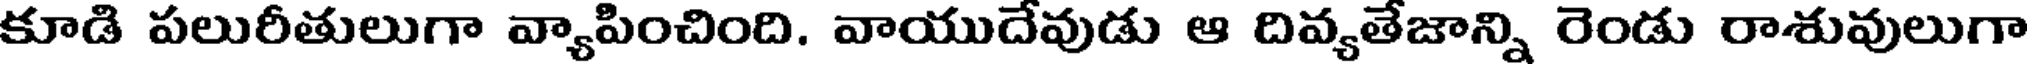
కూడి పలురీతులుగా వ్యాపించింది. వాయుదేవుడు ఆ దివ్యతేజాన్ని రెండు రాశువులుగా